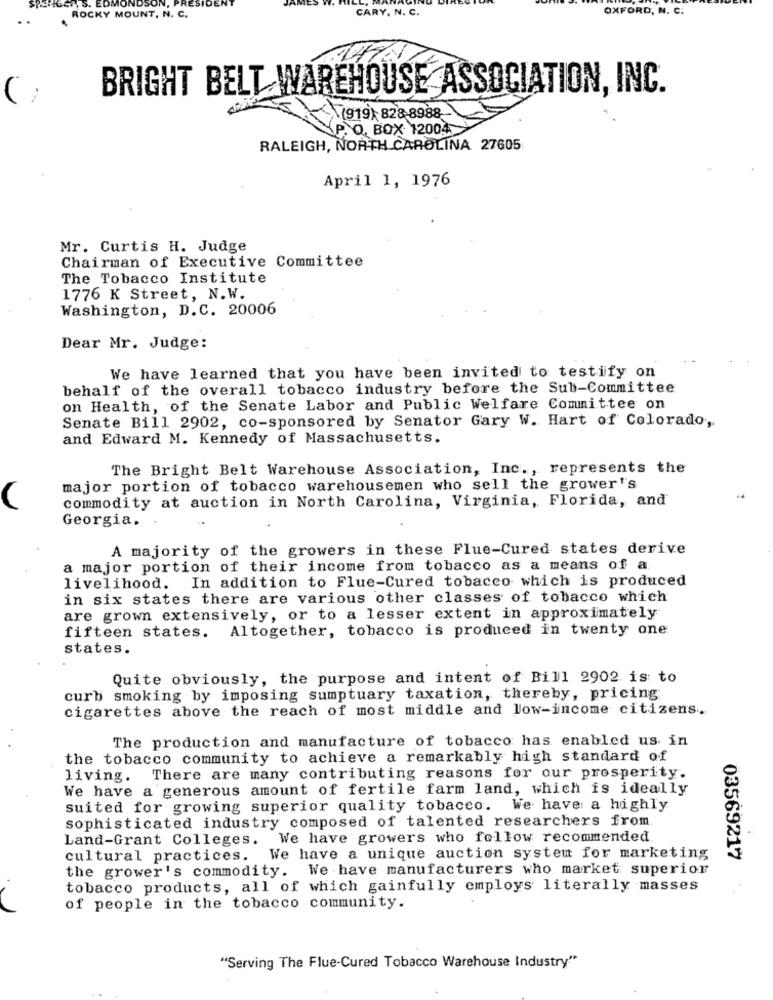
,S. E
IDSON
CARY, N. C.
OXFORD, N. C.
ROCKY MOUNT, N. C.
BRIGHT BELT WAREHOUSE ASSOCIATION, INC.
(919) 828-8988
P. O. BOX. 12004
RALEIGH, NORTH CAROLINA 27605
April 1, 1976
Mr. Curtis H. Judge
Chairman of Executive Committee
The Tobacco Institute
1776 K Street, N.W.
Washington, D.C. 20006
Dear Mr. Judge:
We have learned that you have been invited to testify on
behalf of the overall tobacco industry before the Sub-Committee
on Health, of the Senate Labor and Public Welfare Committee on
Senate Bill 2902, co-sponsored by Senator Gary W. Hart of Colorado,
and Edward M. Kennedy of Massachusetts.
The Bright Belt Warehouse Association, Inc ., represents the
major portion of tobacco warehousemen who sell the grower's
commodity at auction in North Carolina, Virginia, Florida, and'
Georgia.
.
A majority of the growers in these Flue-Cured states derive
a major portion of their income from tobacco as a means of a.
livelihood. In addition to Flue-Cured tobacco which is produced
in six states there are various other classes of tobacco which
are grown extensively, or to a lesser extent in approximately
Altogether, tobacco is produced in twenty one
fifteen states.
states.
Quite obviously, the purpose and intent of Bill 2902 is to
curb smoking by imposing sumptuary taxation, thereby, pricing
cigarettes above the reach of most middle and low-income citizens.
The production and manufacture of tobacco has enabled us in
the tobacco community to achieve a remarkably high standard of
living. There are many contributing reasons for our prosperity.
We have a generous amount of fertile farm land, which is ideally
suited for growing superior quality tobacco.
We have a highly
sophisticated industry composed of talented researchers from.
Land-Grant Colleges. We have growers who follow recommended.
cultural practices. We have a unique auction system for marketing
03569217
the grower's commodity. We have manufacturers who market superior
tobacco products, all of which gainfully employs literally masses
of people in the tobacco community.
"Serving The Flue-Cured Tobacco Warehouse Industry"